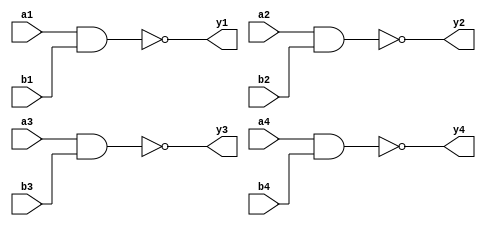
`timescale 1ns / 1ps
//////////////////////////////////////////////////////////////////////////////////
// Company: 
// Engineer: 
// 
// Design Name: 
// Module Name: Four2InputNandGate
// Project Name: 
// Target Devices: 
// Tool Versions: 
// Description: 
// 
// Dependencies: 
// 
// Revision:
// Revision 0.01 - File Created
// Additional Comments:
// 
//////////////////////////////////////////////////////////////////////////////////


module Four2InputNandGate #(parameter DELAY = 10)(
	input wire a1,b1,a2,b2,a3,b3,a4,b4,
	output wire y1,y2,y3,y4
    );
	
	nand #DELAY (y1,a1,b1);
	nand #DELAY (y2,a2,b2);
	nand #DELAY (y3,a3,b3);
	nand #DELAY (y4,a4,b4);
	
endmodule